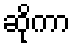
ဆိုကာ